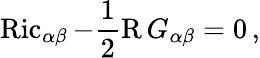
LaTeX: \operatorname{Ric}_{\alpha\beta}-\frac{1}{2}\operatorname{R}G_{\alpha\beta}=0\, ,